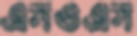
এসওএস